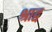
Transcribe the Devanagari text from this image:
श्राद्व